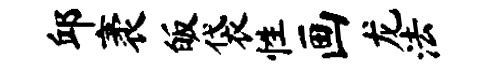
邱袤皈袋性画龙法